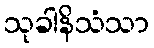
သုခါနိသံသာ